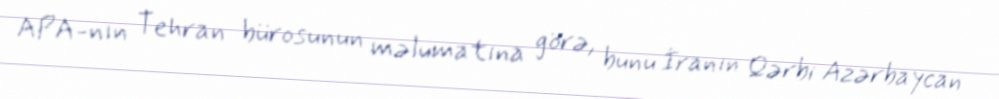
APA-nın Tehran bürosunun məlumatına görə, bunu İranın Qərbi Azərbaycan